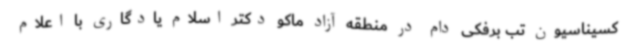
کسیناسیون تب برفکی دام در منطقه آزاد ماکو دکتر اسلام یادگاری با اعلام